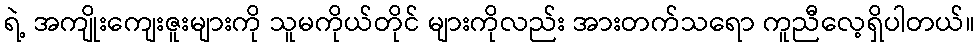
ရဲ့ အကျိုးကျေးဇူးများကို သူမကိုယ်တိုင် များကိုလည်း အားတက်သရော ကူညီလေ့ရှိပါတယ်။